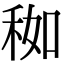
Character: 𥞚